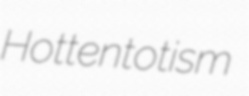
Hottentotism